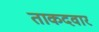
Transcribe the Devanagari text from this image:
ताकदवार